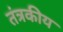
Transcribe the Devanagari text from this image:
तंत्रकीय